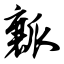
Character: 瓤